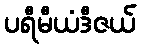
ပရီမီယံဒီဇယ်